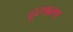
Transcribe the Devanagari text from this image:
दूरश्रवण